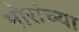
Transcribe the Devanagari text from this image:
मोरांच्या